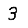
Digit: 3